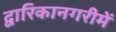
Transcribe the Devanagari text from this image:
द्वारिकानगरीमें